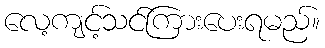
လေ့ကျင့်သင်ကြားပေးရမည်။